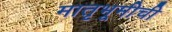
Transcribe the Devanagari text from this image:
मातृभूमीची